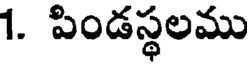
1. పిండస్థలము